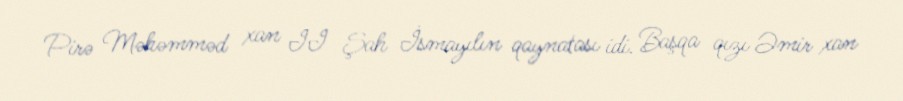
Pirə Məhəmməd xan II Şah İsmayılın qaynatası idi. Başqa qızı Əmir xan